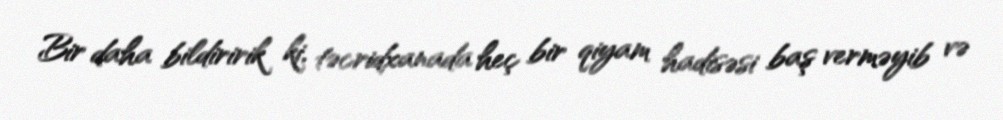
Bir daha bildiririk ki, təcridxanada heç bir qiyam hadisəsi baş verməyib və